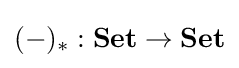
(-)_{*}:\mathbf {Set} \to \mathbf {Set}